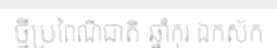
ថ្មីប្រពៃណីជាតិ ឆ្នាំកុរ ឯកស័ក